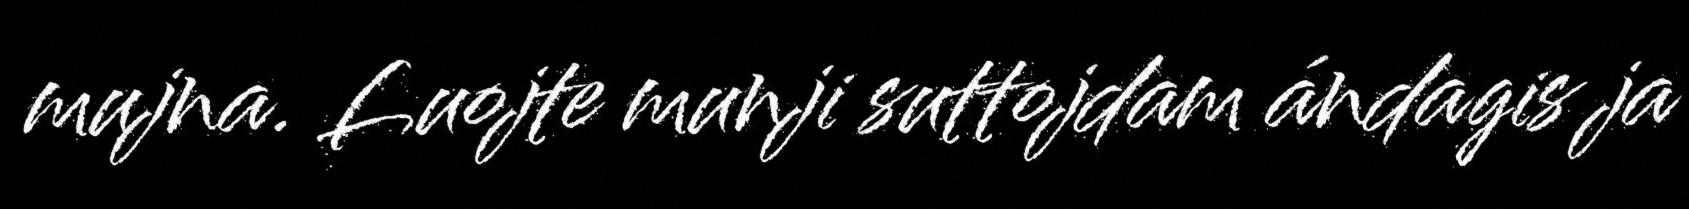
mujna. Luojte munji suttojdam ándagis ja